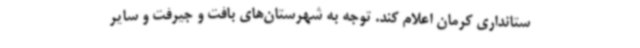
ستانداری کرمان اعلام کند. توجه به شهرستان‌های بافت و جیرفت و سایر